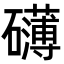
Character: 礴